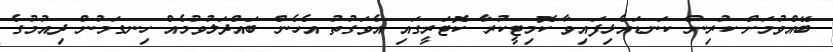
ބޭއްވުމަށް ކުރިން ކަނޑައެޅިފައިވާ ކޮމިޓީކުރާ ކޮޓަރީގައި އެވަގުތު އެހެން ބައްދަލުވުމެއް ހިނގަމުން ދިއުމުގެ